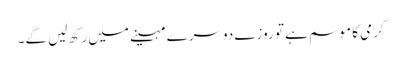
گرمی کا موسم ہے تو روزے دوسرے مہینے میں رکھ لیں گے۔